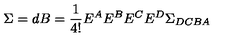
\Sigma = d B = \frac { 1 } { 4 ! } E ^ { A } E ^ { B } E ^ { C } E ^ { D } \Sigma _ { D C B A }